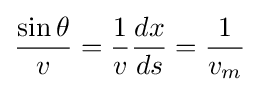
{\frac {\sin {\theta }}{v}}={\frac {1}{v}}{\frac {dx}{ds}}={\frac {1}{v_{m}}}